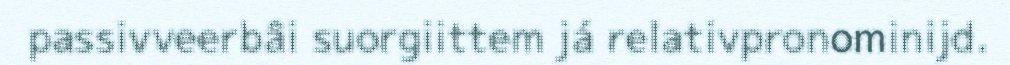
passivveerbâi suorgiittem já relativpronominijd.